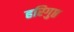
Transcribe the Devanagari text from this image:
हरिगुप्त